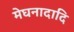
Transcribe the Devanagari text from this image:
मेघनादादि